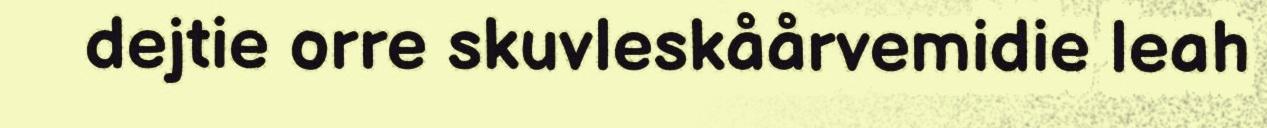
dejtie orre skuvleskåårvemidie leah